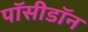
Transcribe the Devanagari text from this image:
पॉसीडॉन